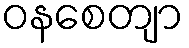
ဝနစေတျာ